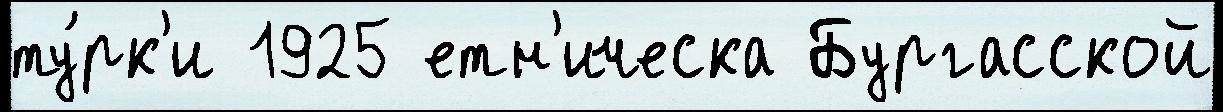
ту́рк'и 1925 етн'ическа Бургасской